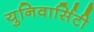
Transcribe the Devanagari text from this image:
युनिवार्सिटी